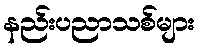
နည်းပညာသစ်များ